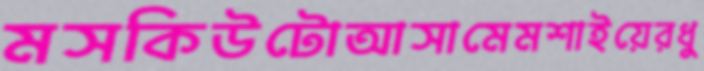
মসকিউটোআসামেমশাইয়েরধু